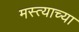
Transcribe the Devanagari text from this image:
मस्त्याच्या